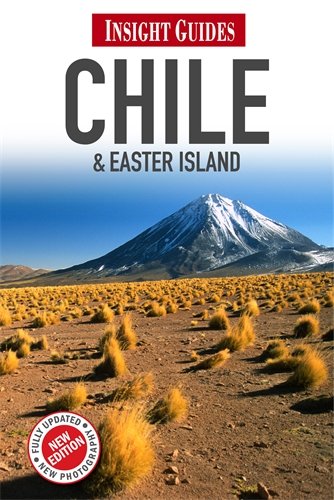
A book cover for Chile (Insight Guides); Ruth Bradley; Travel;